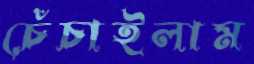
চেঁচাইলাম